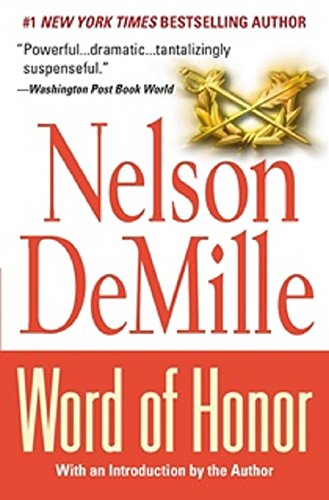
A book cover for Word of Honor; Nelson DeMille; Mystery, Thriller & Suspense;